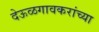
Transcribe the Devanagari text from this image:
देऊळगावकरांच्या